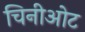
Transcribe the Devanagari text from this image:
चिनीओट